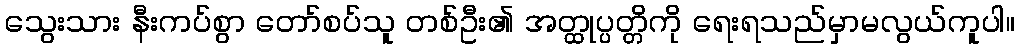
သွေးသား နီးကပ်စွာ တော်စပ်သူ တစ်ဦး၏ အတ္ထုပ္ပတ္တိကို ရေးရသည်မှာမလွယ်ကူပါ။